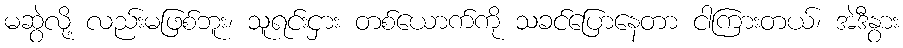
မဆွဲလို့ လည်းမဖြစ်ဘူး၊ သူရင်းငှား တစ်ယောက်ကို သခင်ပြောနေတာ ငါကြားတယ်၊ အဲဒီနွား